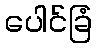
ပေါင်ခြံ